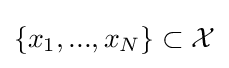
\{x_{1},...,x_{N}\}\subset {\mathcal {X}}